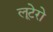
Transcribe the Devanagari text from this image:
लूटेरो